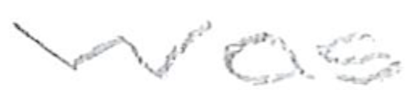
Text: was
Cross-out: clean
Writing tool: pencil